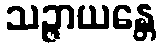
သဉ္ဇာယန္တေ